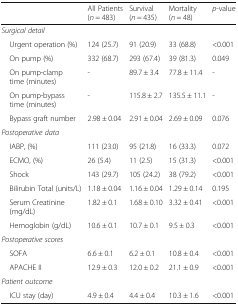
|  | All Patients (n = 483) | Survival (n = 435) | Mortality (n = 48) | p-value |
 | --- | --- | --- | --- | --- |
 | <COLSPAN=5> Surgical detail |
 | Urgent operation (%) | 124 (25.7) | 91 (20.9) | 33 (68.8) | <0.001 |
 | On pump (%) | 332 (68.7) | 293 (67.4) | 39 (81.3) | 0.049 |
 | On pump-clamp time (minutes) | - | 89.7 ± 3.4 | 77.8 ± 11.4 | - |
 | On pump-bypass time (minutes) | - | 115.8 ± 2.7 | 135.5 ± 11.1 | - |
 | Bypass graft number | 2.98 ± 0.04 | 2.91 ± 0.04 | 2.69 ± 0.09 | 0.076 |
 | <COLSPAN=5> Postoperative data |
 | IABP, (%) | 111 (23.0) | 95 (21.8) | 16 (33.3) | 0.072 |
 | ECMO, (%) | 26 (5.4) | 11 (2.5) | 15 (31.3) | <0.001 |
 | Shock | 143 (29.7) | 105 (24.2) | 38 (79.2) | <0.001 |
 | Bilirubin Total (units/L) | 1.18 ± 0.04 | 1.16 ± 0.04 | 1.29 ± 0.14 | 0.195 |
 | Serum Creatinine (mg/dL) | 1.82 ± 0.1 | 1.68 ± 0.10 | 3.32 ± 0.41 | <0.001 |
 | Hemoglobin (g/dL) | 10.6 ± 0.1 | 10.7 ± 0.1 | 9.5 ± 0.3 | <0.001 |
 | <COLSPAN=5> Postoperative scores |
 | SOFA | 6.6 ± 0.1 | 6.2 ± 0.1 | 10.8 ± 0.4 | <0.001 |
 | APACHE II | 12.9 ± 0.3 | 12.0 ± 0.2 | 21.1 ± 0.9 | <0.001 |
 | <COLSPAN=5> Patient outcome |
 | ICU stay (day) | 4.9 ± 0.4 | 4.4 ± 0.4 | 10.3 ± 1.6 | <0.001 |